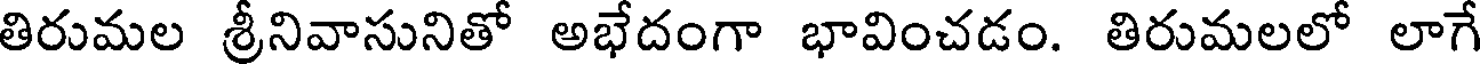
తిరుమల శ్రీనివాసునితో అభేదంగా భావించడం. తిరుమలలో లాగే